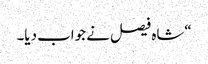
“شاہ فیصل نے جواب دیا۔